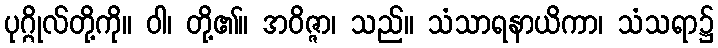
ပုဂ္ဂိုလ်တို့ကို။ ဝါ၊ တို့၏။ အဝိဇ္ဇာ၊ သည်။ သံသာရနာယိကာ၊ သံသရာ၌